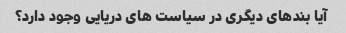
آیا بندهای دیگری در سیاست های دریایی وجود دارد؟